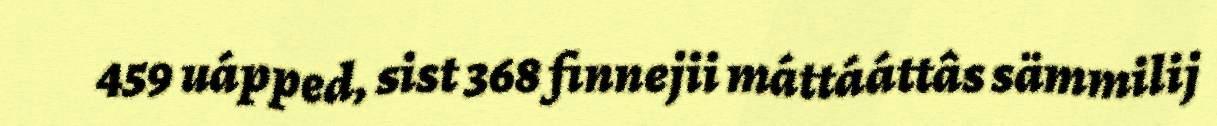
459 uápped, sist 368 finnejii máttááttâs sämmilij